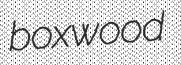
boxwood